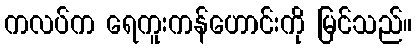
ကလပ်က ရေကူးကန်ဟောင်းကို မြင်သည်။